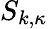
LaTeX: S_{k,\kappa}